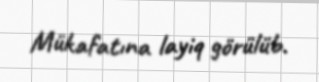
Mükafatına layiq görülüb.